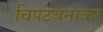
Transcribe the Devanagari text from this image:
चिपटेबनाकर